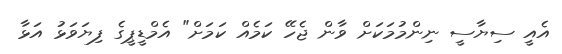
އެއީ ސިޔާސީ ނިންމުމަކަށް ވާން ޖެހޭ ކަމެއް ކަމަށް" އެމްޑީޕީގެ ފިޔަވަޅު އަޅާ